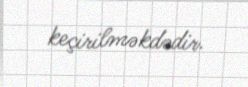
keçirilməkdədir.